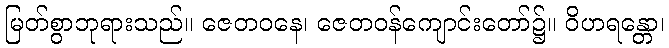
မြတ်စွာဘုရားသည်။ ဇေတဝနေ၊ ဇေတဝန်ကျောင်းတော်၌။ ဝိဟရန္တော၊